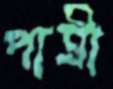
পাত্রী